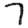
Digit: 7